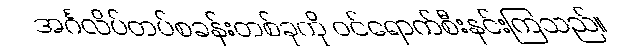
အင်္ဂလိပ်တပ်စခန်းတစ်ခုကို ဝင်ရောက်စီးနင်းကြသည်။